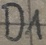
Text: D1